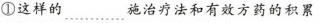
①这样的﹍﹍施治疗法和有效方药的积累